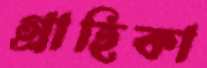
গ্রাহিকা